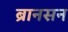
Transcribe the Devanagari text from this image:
ब्रानसन